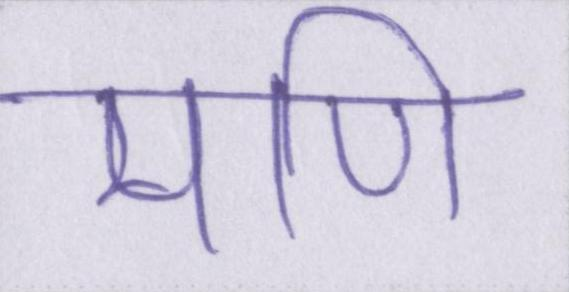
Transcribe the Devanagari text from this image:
मणि